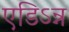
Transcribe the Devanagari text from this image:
एडिऽन्न